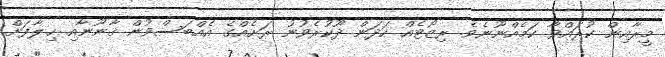
މީރާއިން ކުރައްވާ ކަމެއްނޫނެވެ. ރިޒޯޓެއް ހަދަން ދޫކުރެވުނު ރަށެއްގެ އެއްބަސްވުން ޤާނޫނާއި ޚިލާފަށް